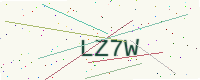
Text: LZ7W